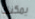
يمكنك